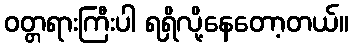
ဝတ္တရားကြီးပါ ရရှိလို့နေတော့တယ်။